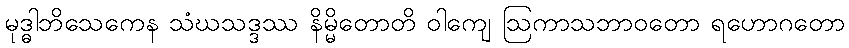
မုဒ္ဓါဘိသေကေန သံဃသဒ္ဒဿ နိမ္မိတောတိ ဝါကျေ ဩကာသဘာဝတော ရဟောဂတော